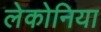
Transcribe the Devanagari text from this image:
लेकोनिया